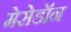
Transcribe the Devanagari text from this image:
मेसेडॉन